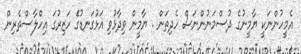
އެމީހުންނަކީ ޔާމީނުގެ ދުސްމަނުންނަސް ހެދިތަން . ޔާމީން ވިދާޅުވި އަޅުގަނޑުގަެ ހަޒިރުގަ އިހްލާސްތެރިން